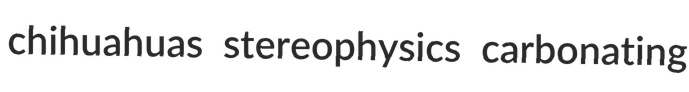
chihuahuas stereophysics carbonating